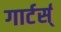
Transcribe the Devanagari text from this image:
गार्टर्स्